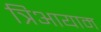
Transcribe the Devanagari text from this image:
त्रिआयाम